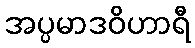
အပ္ပမာဒဝိဟာရီ